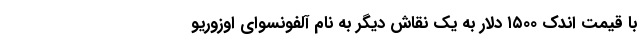
با قیمت اندک ۱۵۰۰ دلار به یک نقاش دیگر به نام آلفونسو‌ای اوزوریو